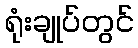
ရုံးချုပ်တွင်